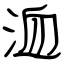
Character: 洫